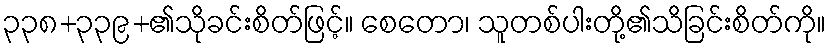
၃၃၈+၃၃၉+၏သိုခင်းစိတ်ဖြင့်။ စေတော၊ သူတစ်ပါးတို့၏သိခြင်းစိတ်ကို။